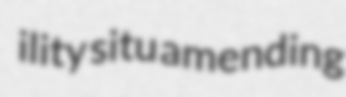
ility situ amending